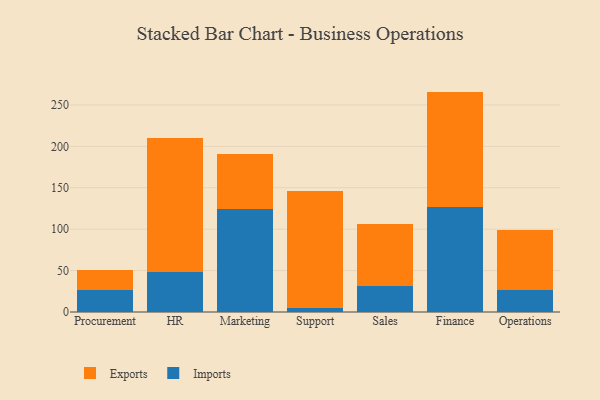
{"axis": {"x": "Department", "y": "Backlog"}, "legend": ["Exports", "Imports"], "data": [{"x": "Procurement", "y": 26.6, "type": "Imports"}, {"x": "Procurement", "y": 24.1, "type": "Exports"}, {"x": "HR", "y": 48.4, "type": "Imports"}, {"x": "HR", "y": 161.5, "type": "Exports"}, {"x": "Marketing", "y": 124.0, "type": "Imports"}, {"x": "Marketing", "y": 66.6, "type": "Exports"}, {"x": "Support", "y": 5.1, "type": "Imports"}, {"x": "Support", "y": 141.5, "type": "Exports"}, {"x": "Sales", "y": 31.0, "type": "Imports"}, {"x": "Sales", "y": 75.7, "type": "Exports"}, {"x": "Finance", "y": 127.3, "type": "Imports"}, {"x": "Finance", "y": 138.8, "type": "Exports"}, {"x": "Operations", "y": 26.7, "type": "Imports"}, {"x": "Operations", "y": 72.1, "type": "Exports"}]}